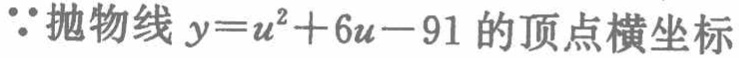
\(\because\)抛物线\(y = u^{2}+6u - 91\)的顶点横坐标